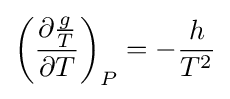
\left({\frac {\partial {\frac {g}{T}}}{\partial T}}\right)_{P}=-{\frac {h}{T^{2}}}